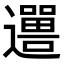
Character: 𬩨